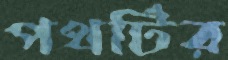
পথটির